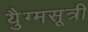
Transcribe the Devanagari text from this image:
युैग्मसूत्री